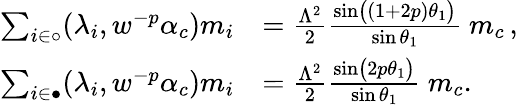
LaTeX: \begin{array}{rl}{\sum_{i\in\circ}(\lambda_{i},w^{-p}\alpha_{c})m_{i}}&{=\frac{\Lambda^{2}}{2}\frac{\sin\bigl((1+2p)\theta_{1}\bigr)}{\sin\theta_{1}}\ m_{c}\, ,}\\ {\sum_{i\in\bullet}(\lambda_{i},w^{-p}\alpha_{c})m_{i}}&{=\frac{\Lambda^{2}}{2}\frac{\sin\bigl(2p\theta_{1}\bigr)}{\sin\theta_{1}}\ m_{c}.}\end{array}